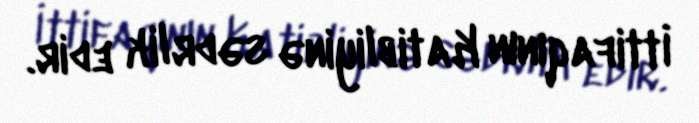
İttifaqının Katibliyinə sədrlik edir.